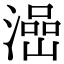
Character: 澏